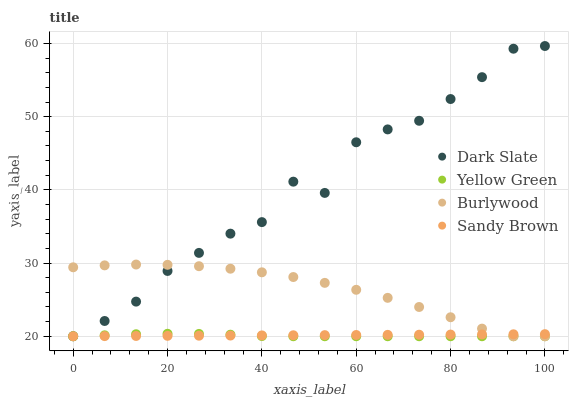
| xaxis_label | Dark Slate | Yellow Green | Burlywood | Sandy Brown |
 | --- | --- | --- | --- | --- |
 | 0 | 20 | 20 | 29.4 | 20 |
 | 6.67 | 22.1 | 20.1 | 29.7 | 20 |
 | 13.3 | 24.7 | 20.3 | 29.8 | 20 |
 | 20 | 28.9 | 20.3 | 29.8 | 20.1 |
 | 26.7 | 31.4 | 20.3 | 29.6 | 20.1 |
 | 33.3 | 34 | 20.2 | 29.2 | 20.1 |
 | 40 | 35.6 | 20 | 28.7 | 20.1 |
 | 46.7 | 41.1 | 20 | 28.1 | 20.1 |
 | 53.3 | 39.6 | 20 | 27.3 | 20.2 |
 | 60 | 46.5 | 20 | 26.3 | 20.2 |
 | 66.7 | 48.3 | 20 | 25.2 | 20.2 |
 | 73.3 | 49.4 | 20 | 24 | 20.2 |
 | 80 | 52.4 | 20 | 22.6 | 20.2 |
 | 86.7 | 55.4 | 20 | 21 | 20.2 |
 | 93.3 | 59.3 | 20 | 20 | 20.3 |
 | 100 | 59.7 | 20 | 20 | 20.3 |